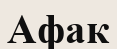
Афак